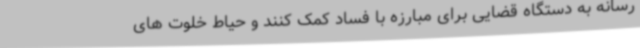
رسانه به دستگاه قضایی برای مبارزه با فساد کمک کنند و حیاط خلوت های